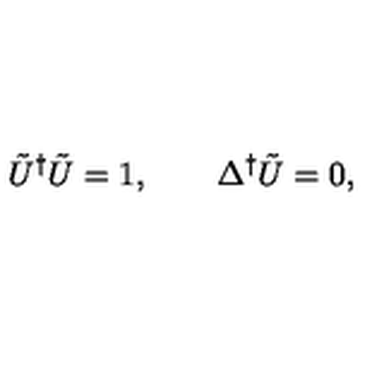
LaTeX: \tilde { U } ^ { \dag } \tilde { U } = 1 , \qquad \Delta ^ { \dag } \tilde { U } = 0 ,